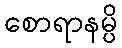
စောရာနမ္ပိ